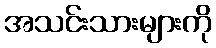
အသင်းသားများကို